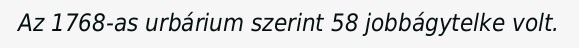
Az 1768-as urbárium szerint 58 jobbágytelke volt.